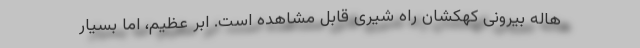
هاله بیرونی کهکشان راه شیری قابل مشاهده است. ابر عظیم، اما بسیار